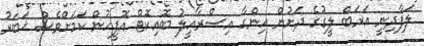
ލަފާދިނީ އަރަބް ލީގުގެ ދަށުން ހިންގާ އިސްރާއީލު ބޮއިކޮޓް އޮފީހުން ކަމަށްވެސް ޚަބަރު